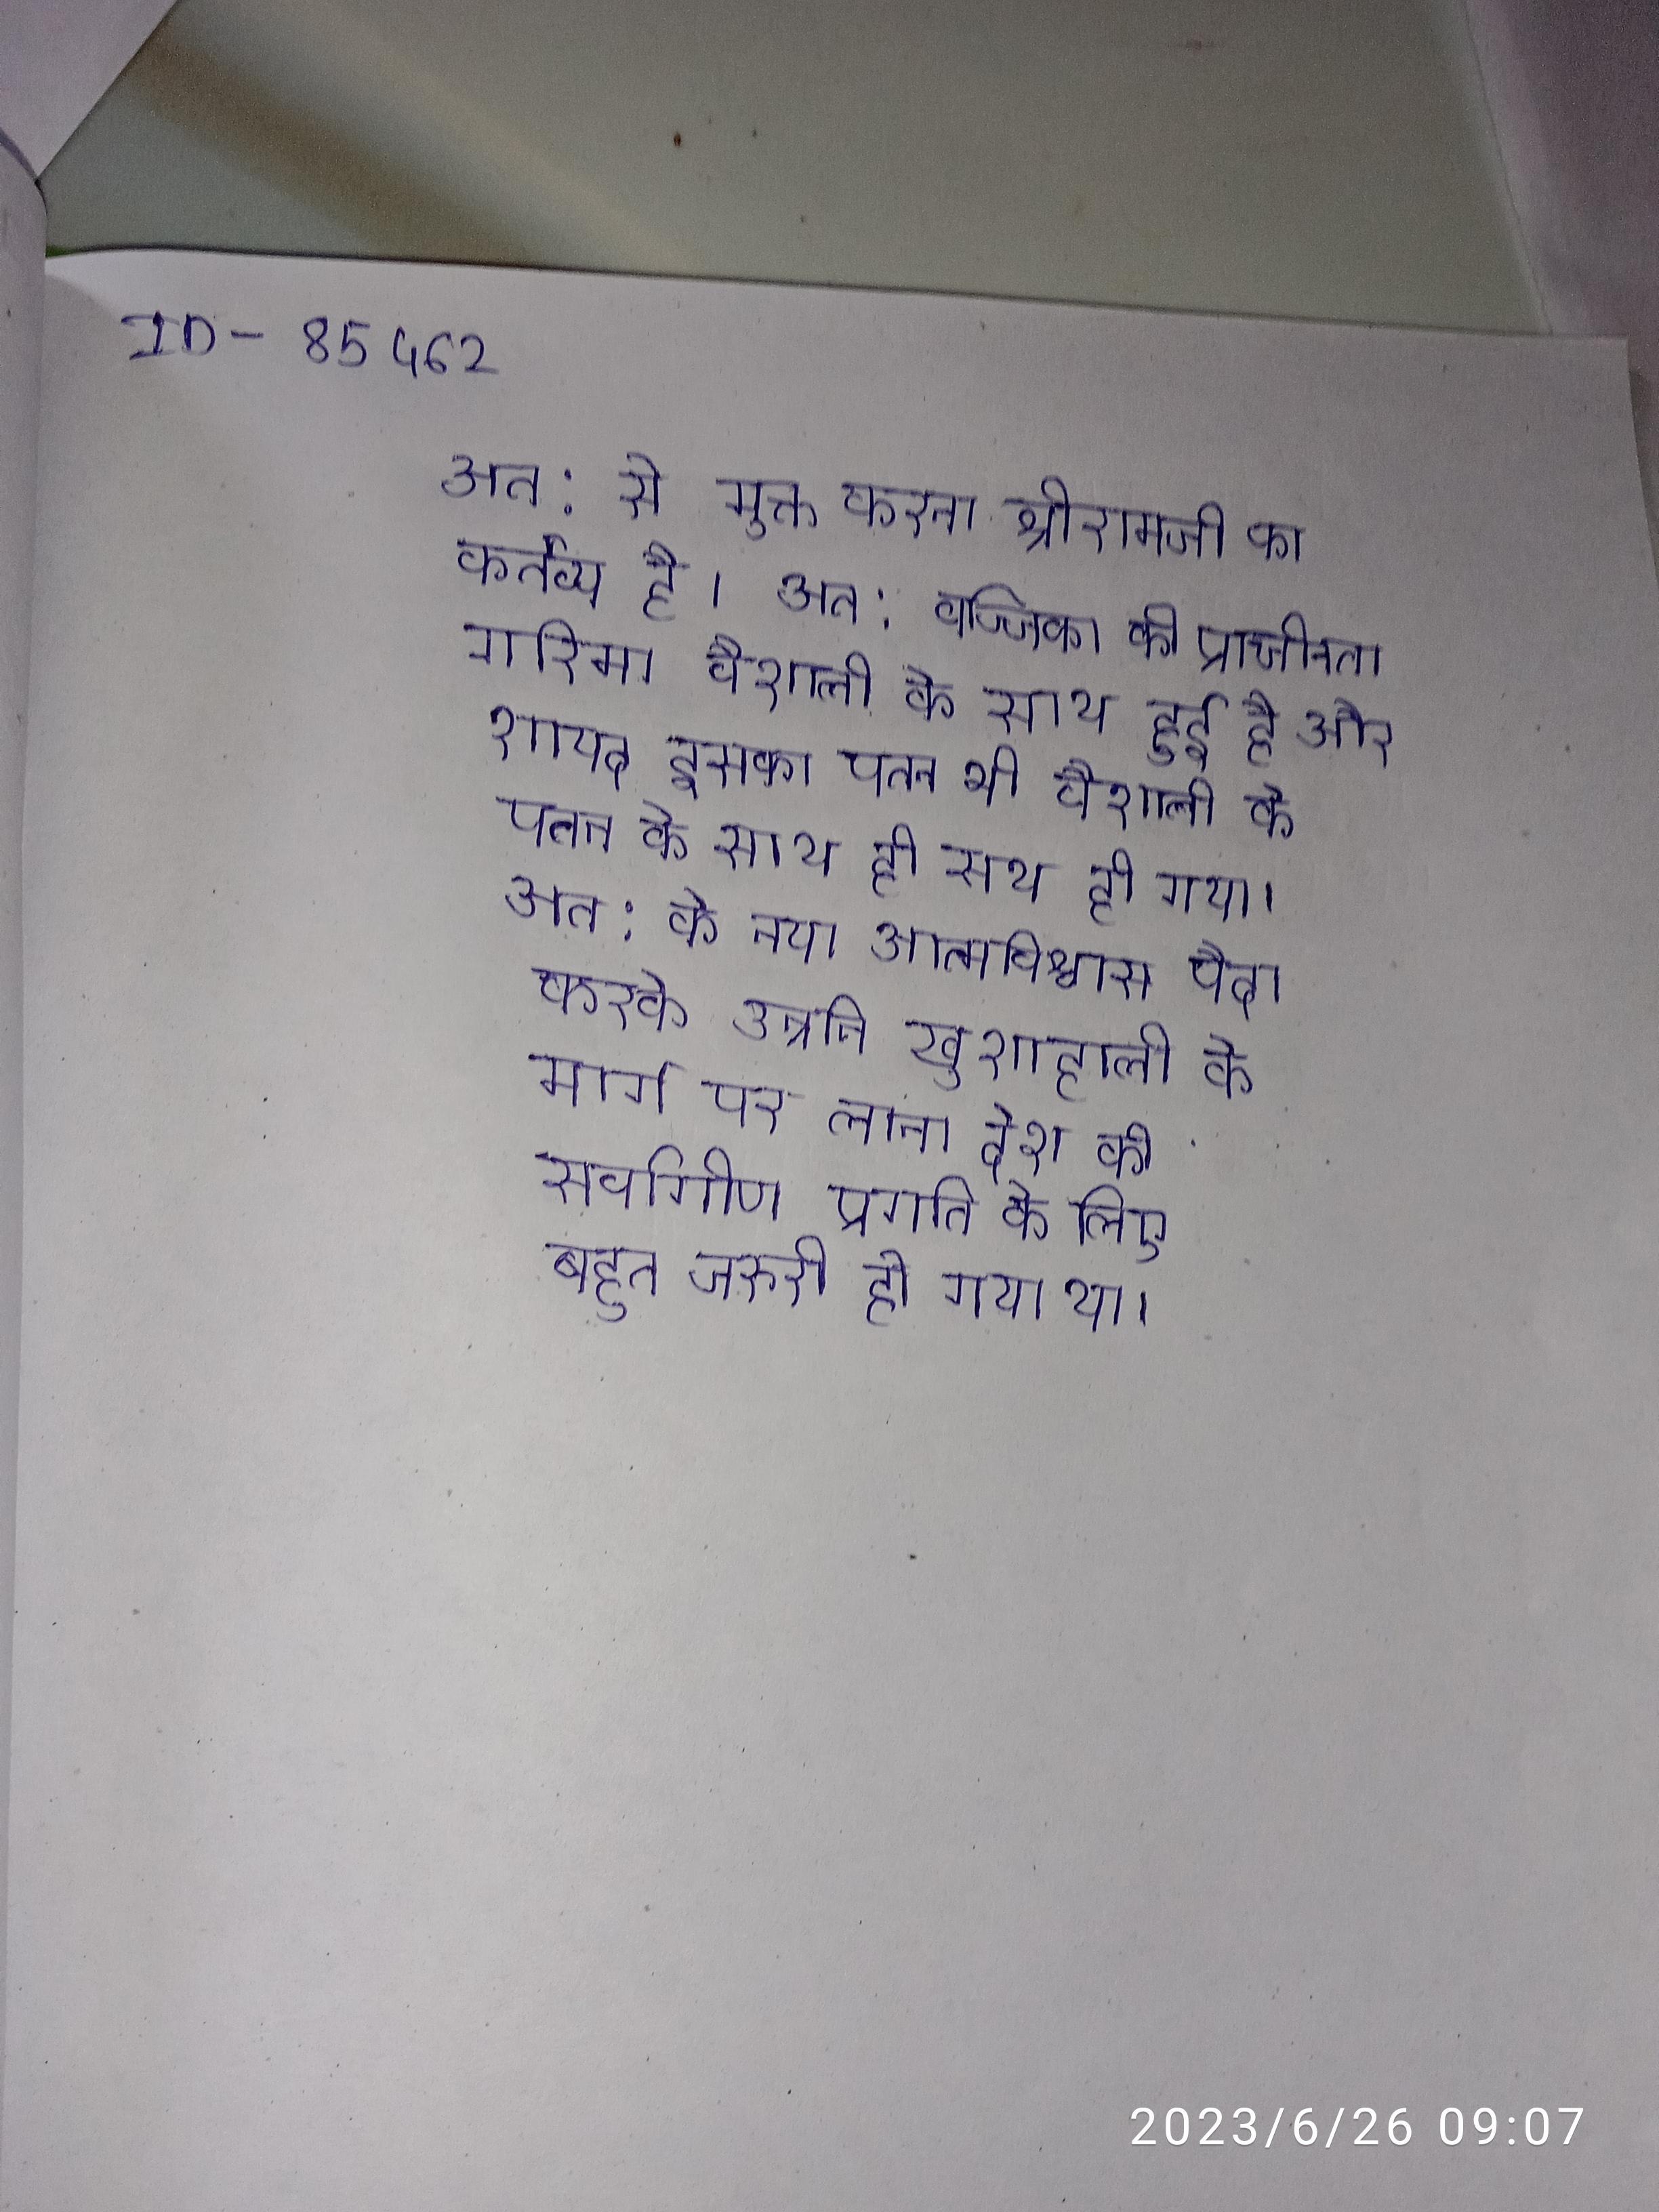
अत: से मुक्त करना श्रीरामजी का कर्तव्य है । अत: वज्जिका की प्राचीनता गरिमा वैशाली के साथ हुई है और शायद इसका पतन भी वैशाली के पतन के साथ ही साथ ही गया । अत: के नया आत्मविश्वास पैदा करके उन्नति खुशाहाली के मार्ग पर लाना देश की सर्वागीण प्रगति के लिए बहुत जरुरी हो गया था ।